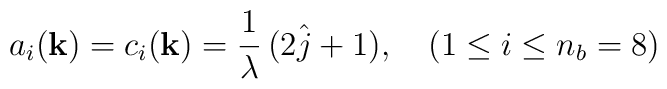
a_{i}({\bf k})=c_{i}({\bf k})=\frac{1}{\lambda}\,(2\hat{j}+1),\quad (1\leq i\leq n_{b}=8)